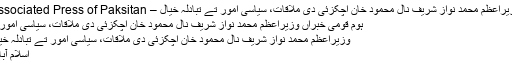
وزیراعظم محمد نواز شریف نال محمود خان اچکزئی دی ملاقات، سیاسی امور تے تبادلہ خیال – Associated Press of Paksitan
ہوم قومی خبراں وزیراعظم محمد نواز شریف نال محمود خان اچکزئی دی ملاقات، سیاسی امور...
وزیراعظم محمد نواز شریف نال محمود خان اچکزئی دی ملاقات، سیاسی امور تے تبادلہ خیال
اسلام آباد ۔